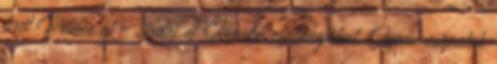
brit Prince of Wales és Repulse csatahajókat. Japán csapatok